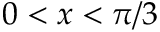
0 < x < \pi / 3